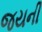
જયની